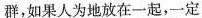
群，如果人为地放在一起，一定